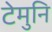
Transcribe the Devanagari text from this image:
टेमुनि